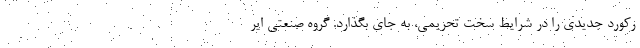
رکورد جدیدی را در شرایط سخت تحریمی، به جای بگذارد. گروه صنعتی ایر